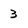
Character: 3